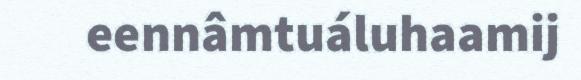
eennâmtuáluhaamij